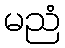
မညံ